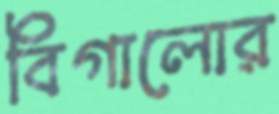
বিগালোর